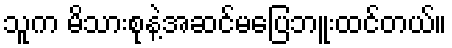
သူက မိသားစုနဲ့အဆင်မပြေဘူးထင်တယ်။